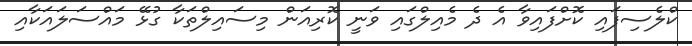
ކްލެސިފައި ކޮށްފައިވާ އެ ދެ މެއިލްގައި ވަނީ ކޮރިއަން މިސައިލްތަކާ ގުޅޭ މައްސަލައަކާއި